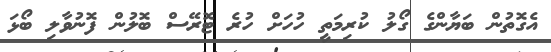
އެގޮތުން ބަޔާންގެ ގޯލު ކުރިމަތީ ހުހަށް ހުރެ ޓޮރޭސް ބޮލުން ފޮނުވާލި ބޯޅަ